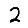
Digit: 2